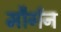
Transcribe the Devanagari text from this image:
मौर्गन